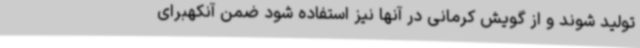
تولید شوند و از گویش کرمانی در آنها نیز استفاده شود ضمن آنکهبرای